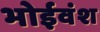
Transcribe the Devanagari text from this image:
भोईवंश